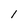
Character: 1